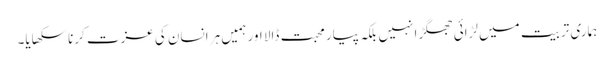
ہماری تربیت میں لڑائی جھگڑا نہیں بلکہ پیار محبت ڈالا اور ہمیں ہر انسان کی عزت کرنا سکھایا۔